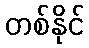
တစ်နိုင်